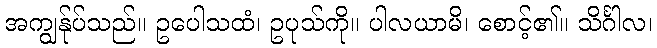
အကျွန်ုပ်သည်။ ဥပေါသထံ၊ ဥပုသ်ကို။ ပါလယာမိ၊ စောင့်၏။ သိင်္ဂါလ၊